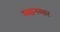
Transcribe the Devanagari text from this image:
म्‍यानमार